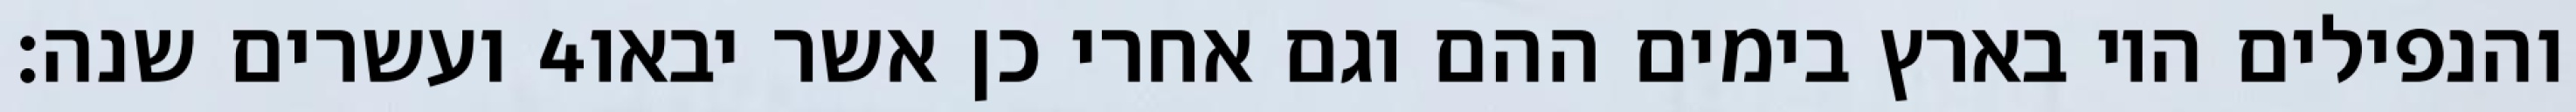
ועשרים שנה׃ ‎4‏ והנפילים היו בארץ בימים ההם וגם אחרי כן אשר יבאו